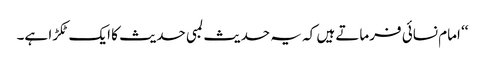
‘‘ امام نسائی فرماتے ہیں کہ یہ حدیث لمبی حدیث کا ایک ٹکڑا ہے۔